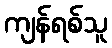
ကျန်ရစ်သူ